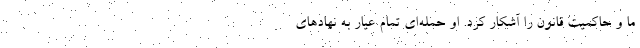
ما و حاکمیت قانون را آشکار کرد. او حمله‌ای تمام عیار به نهاد‌های